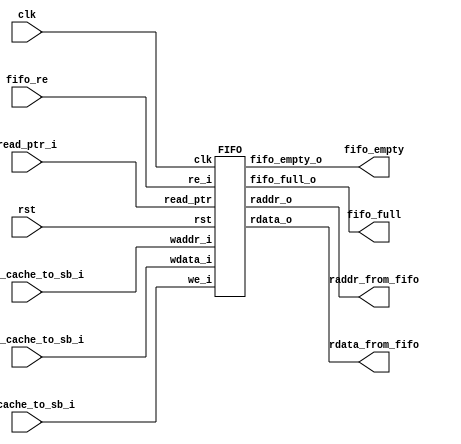
/***************************************
 ********** Andy You Property **********
 ***************************************/


/* Implement a store buffer to
   store data evicted from cache */

module   STOREBUFFER   (clk,
			rst,
			we_cache_to_sb_i,
			wdata_cache_to_sb_i,
			waddr_cache_to_sb_i,
			fifo_full,
			fifo_empty,
			fifo_re,
			raddr_from_fifo,
			rdata_from_fifo,
			read_ptr_i
			);

input  clk, rst;
input  we_cache_to_sb_i;
input  [31:0] wdata_cache_to_sb_i;
input  [31:0] waddr_cache_to_sb_i;
input  [5:0] read_ptr_i;

output fifo_full, fifo_empty;
output [31:0] raddr_from_fifo;
output [31:0] rdata_from_fifo;

input fifo_re;
wire  fifo_we;

reg [1:0] NEXTSTATE, STATE;

assign fifo_we = we_cache_to_sb_i;


FIFO    fifo   (clk,
                rst,
                fifo_we,
                fifo_re,
                waddr_cache_to_sb_i,
                wdata_cache_to_sb_i,
                raddr_from_fifo,
                rdata_from_fifo,
                fifo_full,
                fifo_empty,
		read_ptr_i
                );

endmodule



module  FIFO   (clk,
                rst,
                we_i,
                re_i,
                waddr_i,
                wdata_i,
                raddr_o,
                rdata_o,
                fifo_full_o,
                fifo_empty_o,
		read_ptr
                );

input  clk, rst, re_i, we_i;
input  [31:0] waddr_i;
input  [31:0] wdata_i;
input  [5:0]  read_ptr;

output reg [31:0] raddr_o;
output reg [31:0] rdata_o;

output wire fifo_full_o;
output wire fifo_empty_o;

// RAM for address and data
reg [31:0] ram_addr [0:31];
reg [31:0] ram_data [0:31];

reg [5:0] write_ptr;

assign fifo_full_o = (write_ptr[4:0] == read_ptr[4:0]) & (write_ptr[5] ^ read_ptr[5]);
assign fifo_empty_o = (write_ptr == read_ptr);

// wRITE THE sTORE bUFFER
always @(posedge clk) begin
    if (rst) begin
        write_ptr <= 5'b0;
    end
    else begin
        if (we_i) begin
            ram_addr[write_ptr[4:0]] <= waddr_i;
            ram_data[write_ptr[4:0]] <= wdata_i;
            write_ptr <= write_ptr + 1'b1;
        end
    end
end

// lOAD THE sTORE bUFFER
always @(*) begin
    if (rst) begin
	raddr_o = 32'b0;
	rdata_o = 32'b0;
    end
    else begin
        if (re_i) begin
	    raddr_o = ram_addr[read_ptr];
	    rdata_o = ram_data[read_ptr];
	end
	else begin
	    raddr_o = 32'b0;
	    rdata_o = 32'b0;
	end
    end
end

endmodule